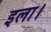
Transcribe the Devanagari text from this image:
इला।